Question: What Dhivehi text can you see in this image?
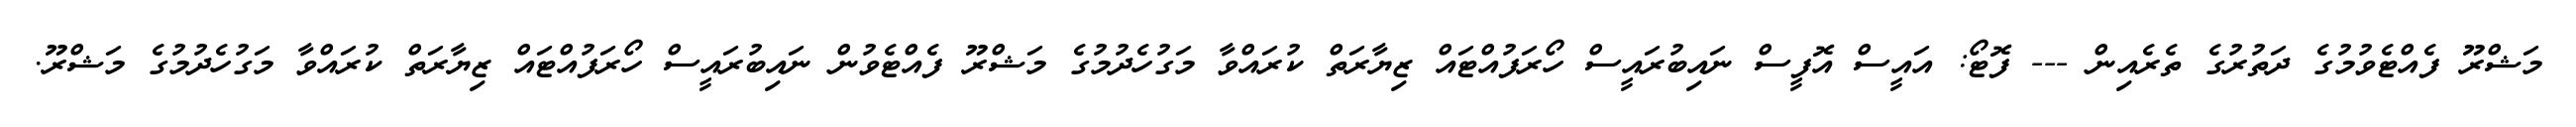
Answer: މަޝްރޫ ފެއްޓެވުމުގެ ދަތުރުގެ ތެރެއިން --- ފޮޓޯ: އައީސް އޮފީސް ނައިބުރައީސް ހޯރަފުއްޓައް ޒިޔާރަތް ކުރައްވާ މަގުހެދުމުގެ މަޝްރޫ ފެއްޓެވުން ނައިބުރައީސް ހޯރަފުއްޓައް ޒިޔާރަތް ކުރައްވާ މަގުހެދުމުގެ މަޝްރޫ.